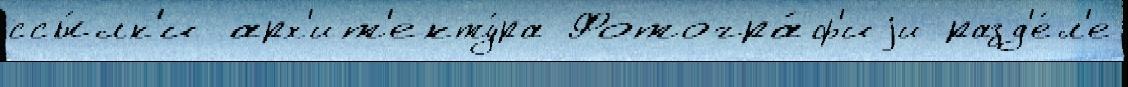
ссы́лк'и арх'ит'екту́ра Фотогра́ф'иjи разд'е́л'е